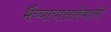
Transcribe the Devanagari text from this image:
भैय्यायासाहेबांनी